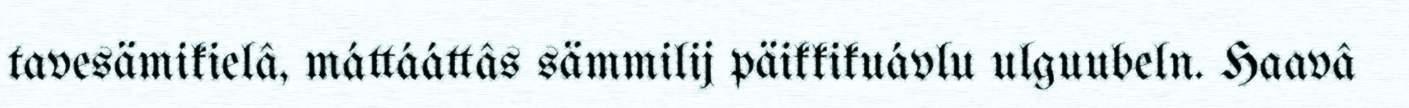
tavesämikielâ, máttááttâs sämmilij päikkikuávlu ulguubeln. Haavâ